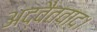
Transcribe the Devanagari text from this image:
अद्वैतवाद।